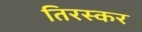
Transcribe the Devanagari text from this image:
तिरस्कर